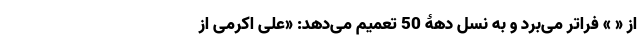
از « » فراتر می‌بَرَد و به نسل دهۀ 50 تعمیم می‌دهد: «علی اکرمی از